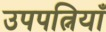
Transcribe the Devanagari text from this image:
उपपत्नियाँ